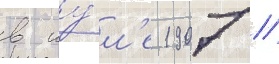
в иу́л'е 1907 //